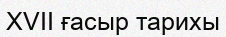
XVII ғасыр тарихы